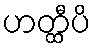
ဟတ္ထီပိ